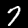
Label: 7